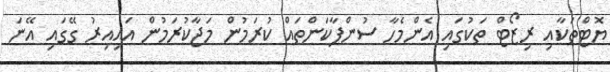
ޔޮޓްތަކާއި ރިޒޯޓް ތަކުގައި އެންމެހާ ސުންޕާކަންތައް ކުރަމުން މަޖާކުރަމުން އައިއިރު ގޭގައި އޭނަ